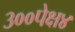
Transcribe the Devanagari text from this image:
३००पेक्ष४